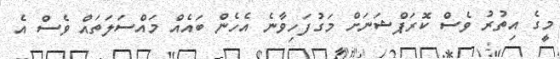
މީގެ އިތުރު ވެސް ކޮރަޕްޝަނަށް މަގުފަހިވާނެ އެހެން ބައެއް މައްސަލަތައް ވެސް އެ